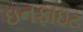
ઇનફાઇટ